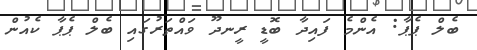
ބެލް ޕެޕާ: އެންމެ ފައިދާ ބޮޑީ ރީނދޫ ވައްތަރުގައި ބެލް ޕެޕާ ކެއުން